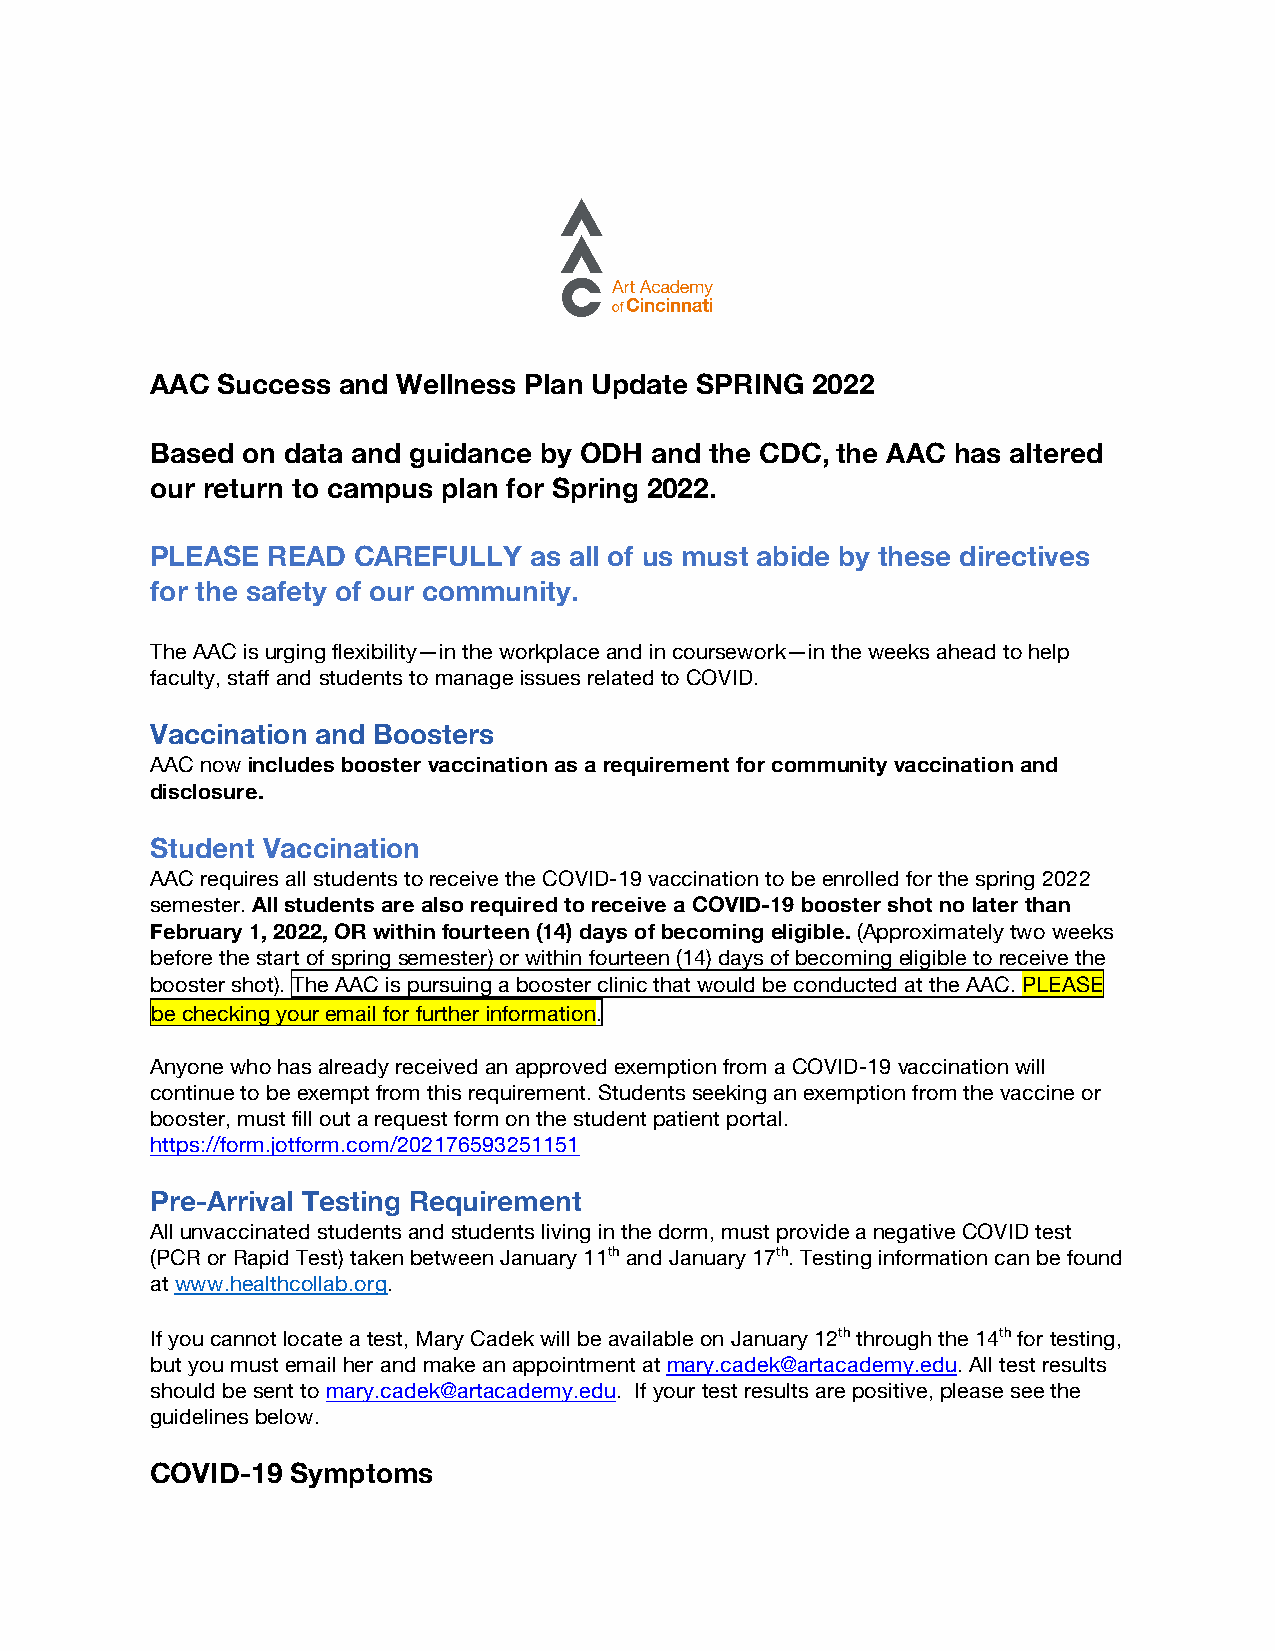
AAC Success and Wellness Plan Update SPRING 2022
 Based on data and guidance by ODH and the CDC, the AAC has altered
 our return to campus plan for Spring 2022.
 PLEASE  READ CAREFULLY   as all of us must abide by these directives
 for the safety of our community.
 The AAC is urging flexibility—in the workplace and in coursework—in the weeks ahead to help
 faculty, staff and students to manage issues related to COVID.
 Vaccination and Boosters
 AAC now includes booster vaccination as a requirement for community vaccination and
 disclosure.
 Student Vaccination
 AAC requires all students to receive the COVID-19 vaccination to be enrolled for the spring 2022
 semester. All students are also required to receive a COVID-19 booster shot no later than
 February 1, 2022, OR within fourteen (14) days of becoming eligible. (Approximately two weeks
 before the start of spring semester) or within fourteen (14) days of becoming eligible to receive the
 booster shot). The AAC is pursuing a booster clinic that would be conducted at the AAC. PLEASE
 be checking your email for further information.
 Anyone who has already received an approved exemption from a COVID-19 vaccination will
 continue to be exempt from this requirement. Students seeking an exemption from the vaccine or
 booster, must fill out a request form on the student patient portal.
 https://form.jotform.com/202176593251151
 Pre-Arrival Testing Requirement
 All unvaccinated students and students living in the dorm, must provide a negative COVID test
 (PCR or Rapid Test) taken between January 11th and January 17th. Testing information can be found
 at www.healthcollab.org.
 If you cannot locate a test, Mary Cadek will be available on January 12th through the 14th for testing,
 but you must email her and make an appointment at mary.cadek@artacademy.edu. All test results
 should be sent to mary.cadek@artacademy.edu. If your test results are positive, please see the
 guidelines below.
 COVID-19 Symptoms